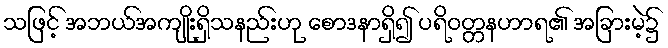
သဖြင့် အဘယ်အကျိုးရှိသနည်းဟု စောဒနာရှိ၍ ပရိဝတ္တနဟာရ၏ အခြားမဲ့၌